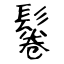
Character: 鬈